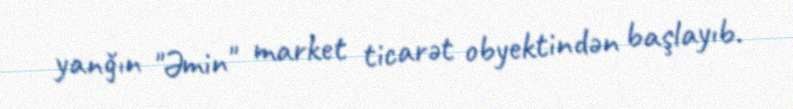
yanğın "Əmin" market ticarət obyektindən başlayıb.